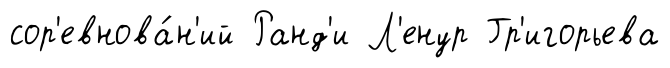
сор'евнова́н'ий Ранд'и Л'енур Гр'игорьева